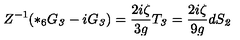
Z ^ { - 1 } ( { * _ { 6 } } G _ { \it 3 } - i G _ { \it 3 } ) = \frac { 2 i \zeta } { 3 g } T _ { \it 3 } = \frac { 2 i \zeta } { 9 g } d S _ { \it 2 }